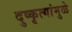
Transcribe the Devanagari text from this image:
दुष्कृत्यांमुळे